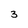
Character: 3